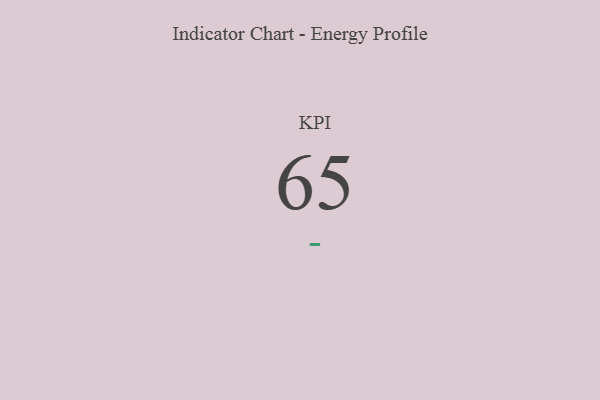
{"axis": {"x": "KPI", "y": "Value"}, "legend": [""], "data": [{"x": "KPI", "y": 65, "type": ""}]}